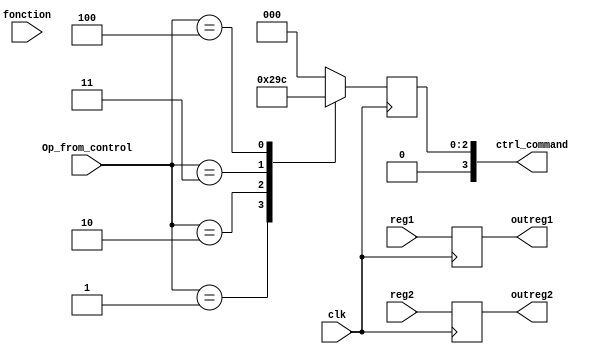
`timescale 1ns / 1ps
//////////////////////////////////////////////////////////////////////////////////
// Company: 
// Engineer: 
// 
// Design Name: 
// Module Name:    alu_ctrl 
// Project Name: 
// Target Devices: 
// Tool versions: 
// Description: 
//
// Dependencies: 
//
// Revision: 
// Revision 0.01 - File Created
// Additional Comments: 
//
//////////////////////////////////////////////////////////////////////////////////


module alu_control(clk, Op_from_control, fonction, ctrl_command, reg1, reg2, outreg1, outreg2);

parameter ADD = 0;
parameter SUB = 1;
parameter MUL = 2;
parameter AND = 3;
parameter OR  = 4;

input clk;
input     [3:0] Op_from_control;
input     [5:0] fonction;
output reg[3:0] ctrl_command;

input [31:0]reg1;
input [31:0]reg2;
output reg [31:0]outreg1;
output reg [31:0]outreg2;

initial 
begin
	begin
		ctrl_command <= 32'b0;
		outreg1 <= 32'b0;
		outreg2 <= 32'b0;
	end
end

always @(posedge clk) begin
	outreg1 <= reg1;
	outreg2 <= reg2;

	case(Op_from_control)
		ADD:begin
			ctrl_command <= ADD;
		end
		SUB:begin
			ctrl_command <= SUB;
		end
		MUL:begin
			ctrl_command <= MUL;
		end
		AND:begin
			ctrl_command <= AND;
		end
		OR:begin
			ctrl_command <= OR;
		end
	default begin ctrl_command <= ADD; end
	endcase
	$display("ALU Control: opcode_received : %d",Op_from_control);
end

endmodule